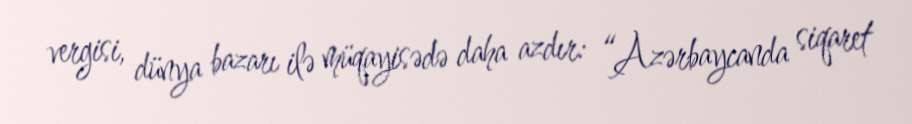
vergisi, dünya bazarı ilə müqayisədə daha azdır: “Azərbaycanda siqaret